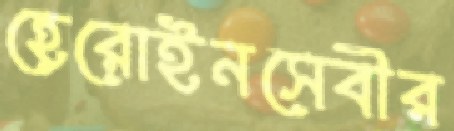
হেরোইনসেবীর